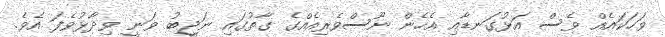
ވަހަކައެއް ވެސް އަޅުގަނޑާއި އެހެން ނޫސްވެރިއެއްގެ ގާތުގައި ނަޖީބު ވަނީ ވިދާޅުވެފަ އެވެ.